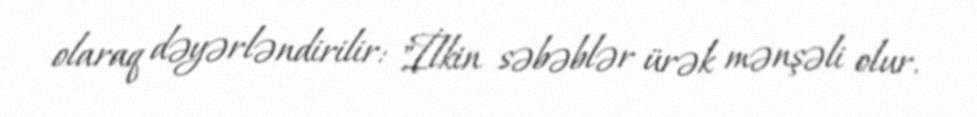
olaraq dəyərləndirilir: "İlkin səbəblər ürək mənşəli olur.